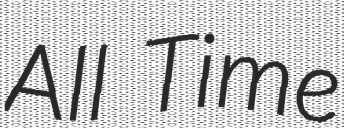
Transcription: All Time